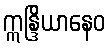
ဣန္ဒြိယာနေဝ